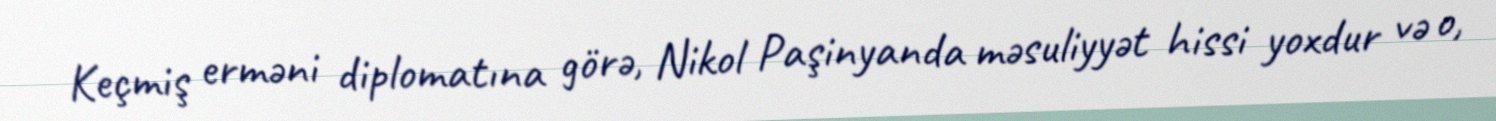
Keçmiş erməni diplomatına görə, Nikol Paşinyanda məsuliyyət hissi yoxdur və o,